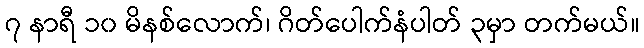
၇ နာရီ ၁၀ မိနစ်လောက်၊ ဂိတ်ပေါက်နံပါတ် ၃မှာ တက်မယ်။